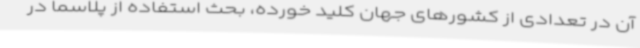
آن در تعدادی از کشورهای جهان کلید خورده، بحث استفاده از پلاسما در